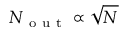
N _ { \mathrm { ~ o ~ u ~ t ~ } } \propto \sqrt { N }